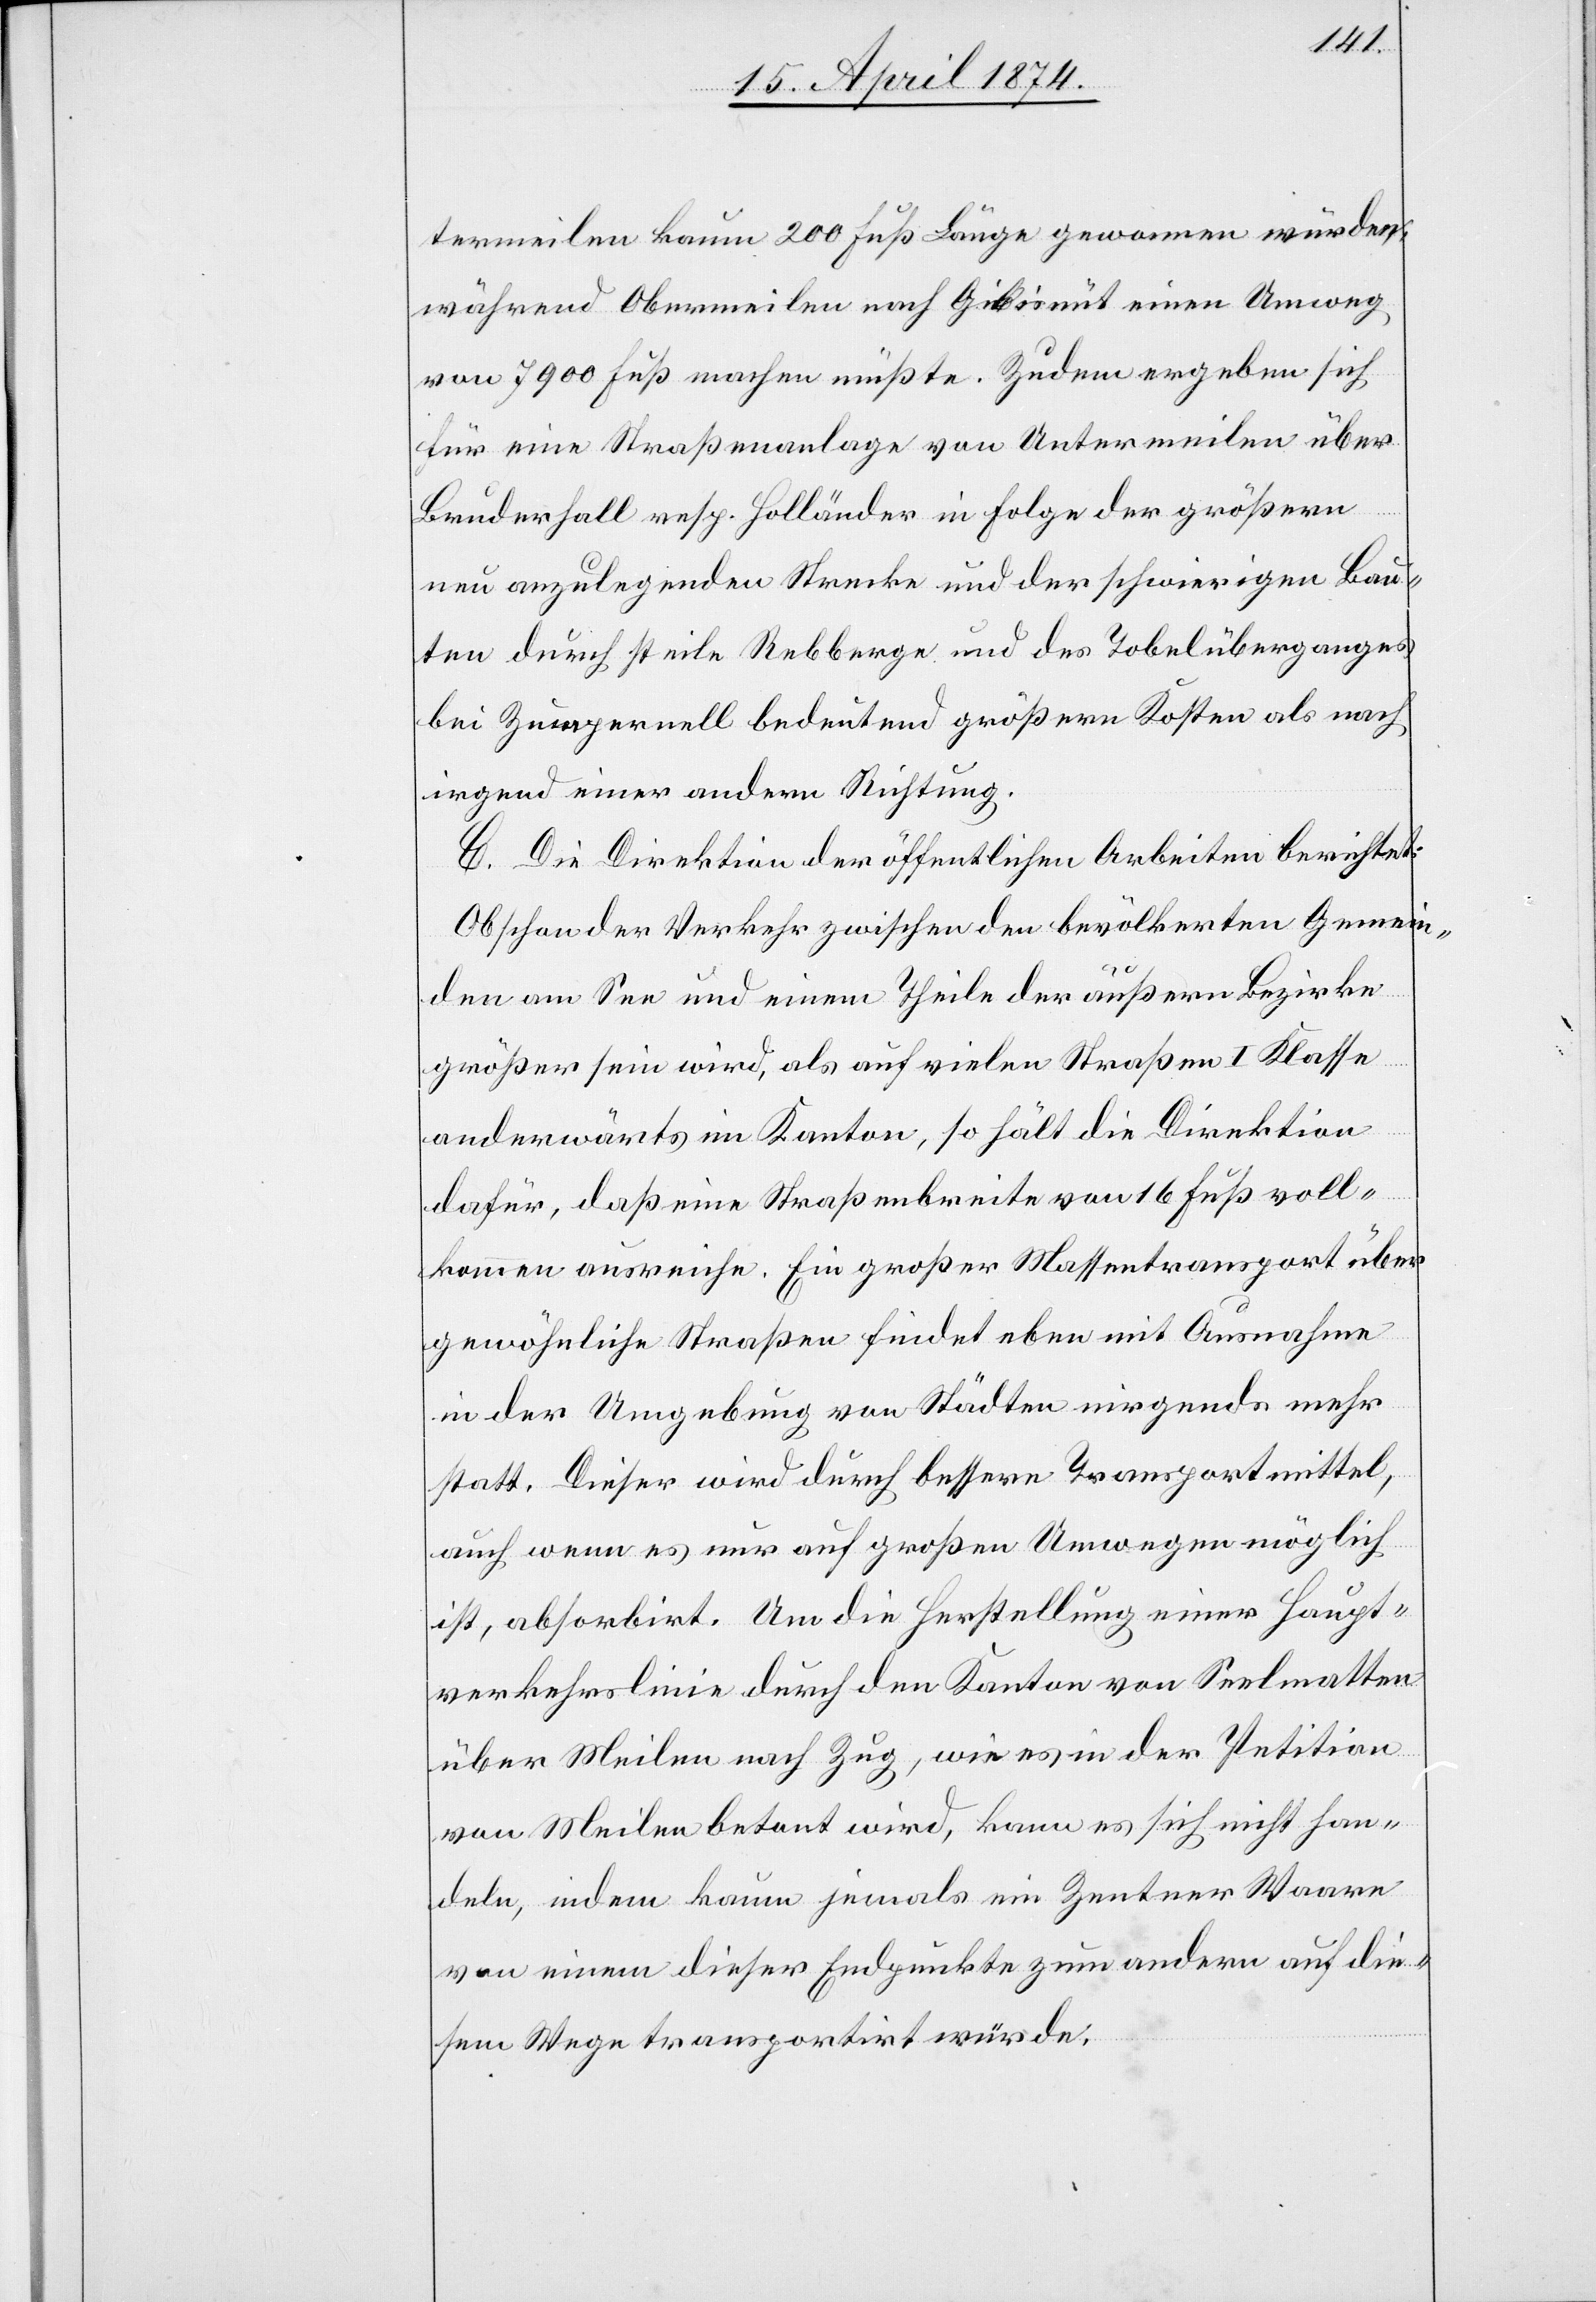
termeilen kaum 200 Fuß Länge gewonnen würden,
während Obermeilen nach Gibisnüt einen Umweg
von 7900 Fuß machen müßte. Zudem ergeben sich
für eine Straßenanlage von Untermeilen über
Bruderfall resp. Holländer in Folge der größern
neu anzulegenden Strecke und der schwierigen Bau¬
ten durch steile Rebberge und des Tobelüberganges
bei Zumpernell bedeutend größere Kosten als nach
irgend einer andern Richtung.
C. Die Direktion der öffentlichen Arbeiten berichtet:
Obschon der Verkehr zwischen den bevölkerten Gemein¬
den am See und einem Theile der äußern Bezirke
größer sein wird, als auf vielen Straßen I. Klasse
anderwärts im Kanton, so hält die Direktion
dafür, daß eine Straßenbreite von 16 Fuß voll¬
kommen ausreiche. Ein großer Massentransport über
gewöhnliche Straßen findet eben mit Ausnahme
in der Umgebung von Städten nirgends mehr
statt. Dieser wird durch bessere Transportmittel,
auch wenn es nur auf großen Umwegen möglich
ist, absorbirt. Um die Herstellung einer Haupt¬
verkehrslinie durch den Kanton von Seelmatten
über Meilen nach Zug, wie es in der Petition
von Meilen betont wird, kann es sich nicht han¬
deln, indem kaum jemals ein Zentner Waare
von einem dieser Endpunkte zum andern auf die¬
sem Wege transportirt würde.